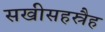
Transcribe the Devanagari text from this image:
सखीसहस्रैह